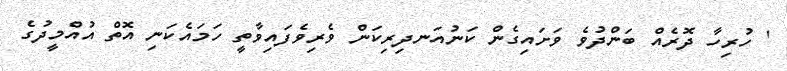
' ހުރިހާ ދޮރެއް ބަންދުވެ ވަށައިގެން ކަނުއަނދިރިކަން ވެރިވެފައިވާތީ ހަމައެކަނި އޮތް އުއްމީދުގެ